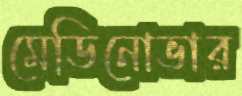
মেডিনোভার